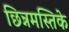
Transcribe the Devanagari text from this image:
छिन्नमस्तिके